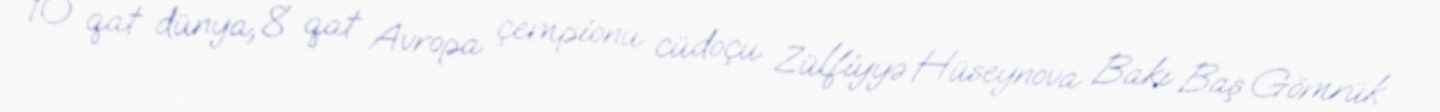
10 qat dünya, 8 qat Avropa çempionu cüdoçu Zülfiyyə Hüseynova Bakı Baş Gömrük